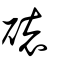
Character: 䃶